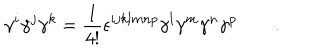
LaTeX: \gamma ^ { i } \gamma ^ { j } \gamma ^ { k } = \frac { 1 } { 4 ! } \epsilon ^ { i j k l m n p } \gamma ^ { l } \gamma ^ { m } \gamma ^ { n } \gamma ^ { p } \qquad .